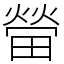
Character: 㽦